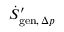
{ \dot { S } } _ { \mathrm { g e n } , \, \Delta p } ^ { \prime }